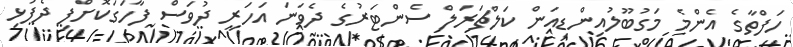
ހަފްތާގެ އެންމެ މަގުބޫލުއިންޑިއަން ކަލްޗަރަލް ސެންޓަރުގެ ދެވަނަ އަހަރީ ދުވަސް ފާހަގަކޮށްފި ދެފުޅި